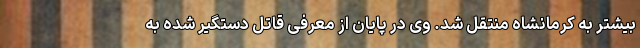
بیشتر به کرمانشاه منتقل شد. وی در پایان از معرفی قاتل دستگیر شده به